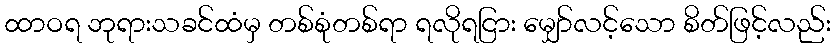
ထာဝရ ဘုရားသခင်ထံမှ တစ်စုံတစ်ရာ ရလိုရငြား မျှော်လင့်သော စိတ်ဖြင့်လည်း